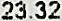
23.32